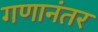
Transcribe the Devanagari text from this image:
गणानंतर